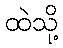
ထဲသို့